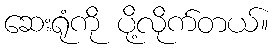
ဆေးရုံကို ပို့လိုက်တယ်။